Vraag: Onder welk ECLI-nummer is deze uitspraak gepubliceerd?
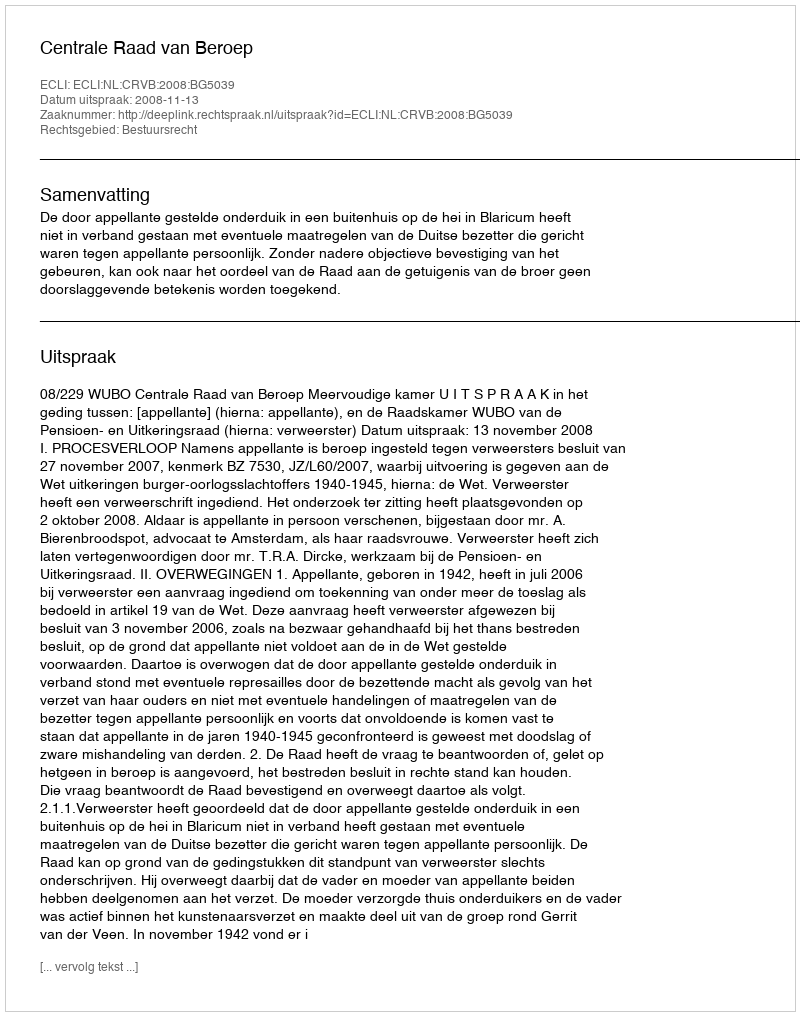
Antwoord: ECLI:NL:CRVB:2008:BG5039